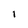
Character: 1